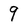
Character: 9